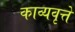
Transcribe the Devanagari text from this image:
काव्यवृत्ते